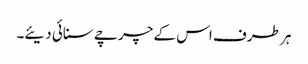
ہر طرف اس کے چرچے سنائی دیئے۔